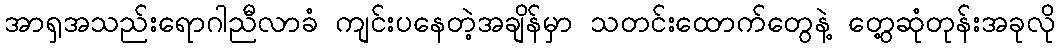
အာရှအသည်းရောဂါညီလာခံ ကျင်းပနေတဲ့အချိန်မှာ သတင်းထောက်တွေနဲ့ တွေ့ဆုံတုန်းအခုလို